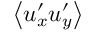
\left< u _ { x } ^ { \prime } u _ { y } ^ { \prime } \right>